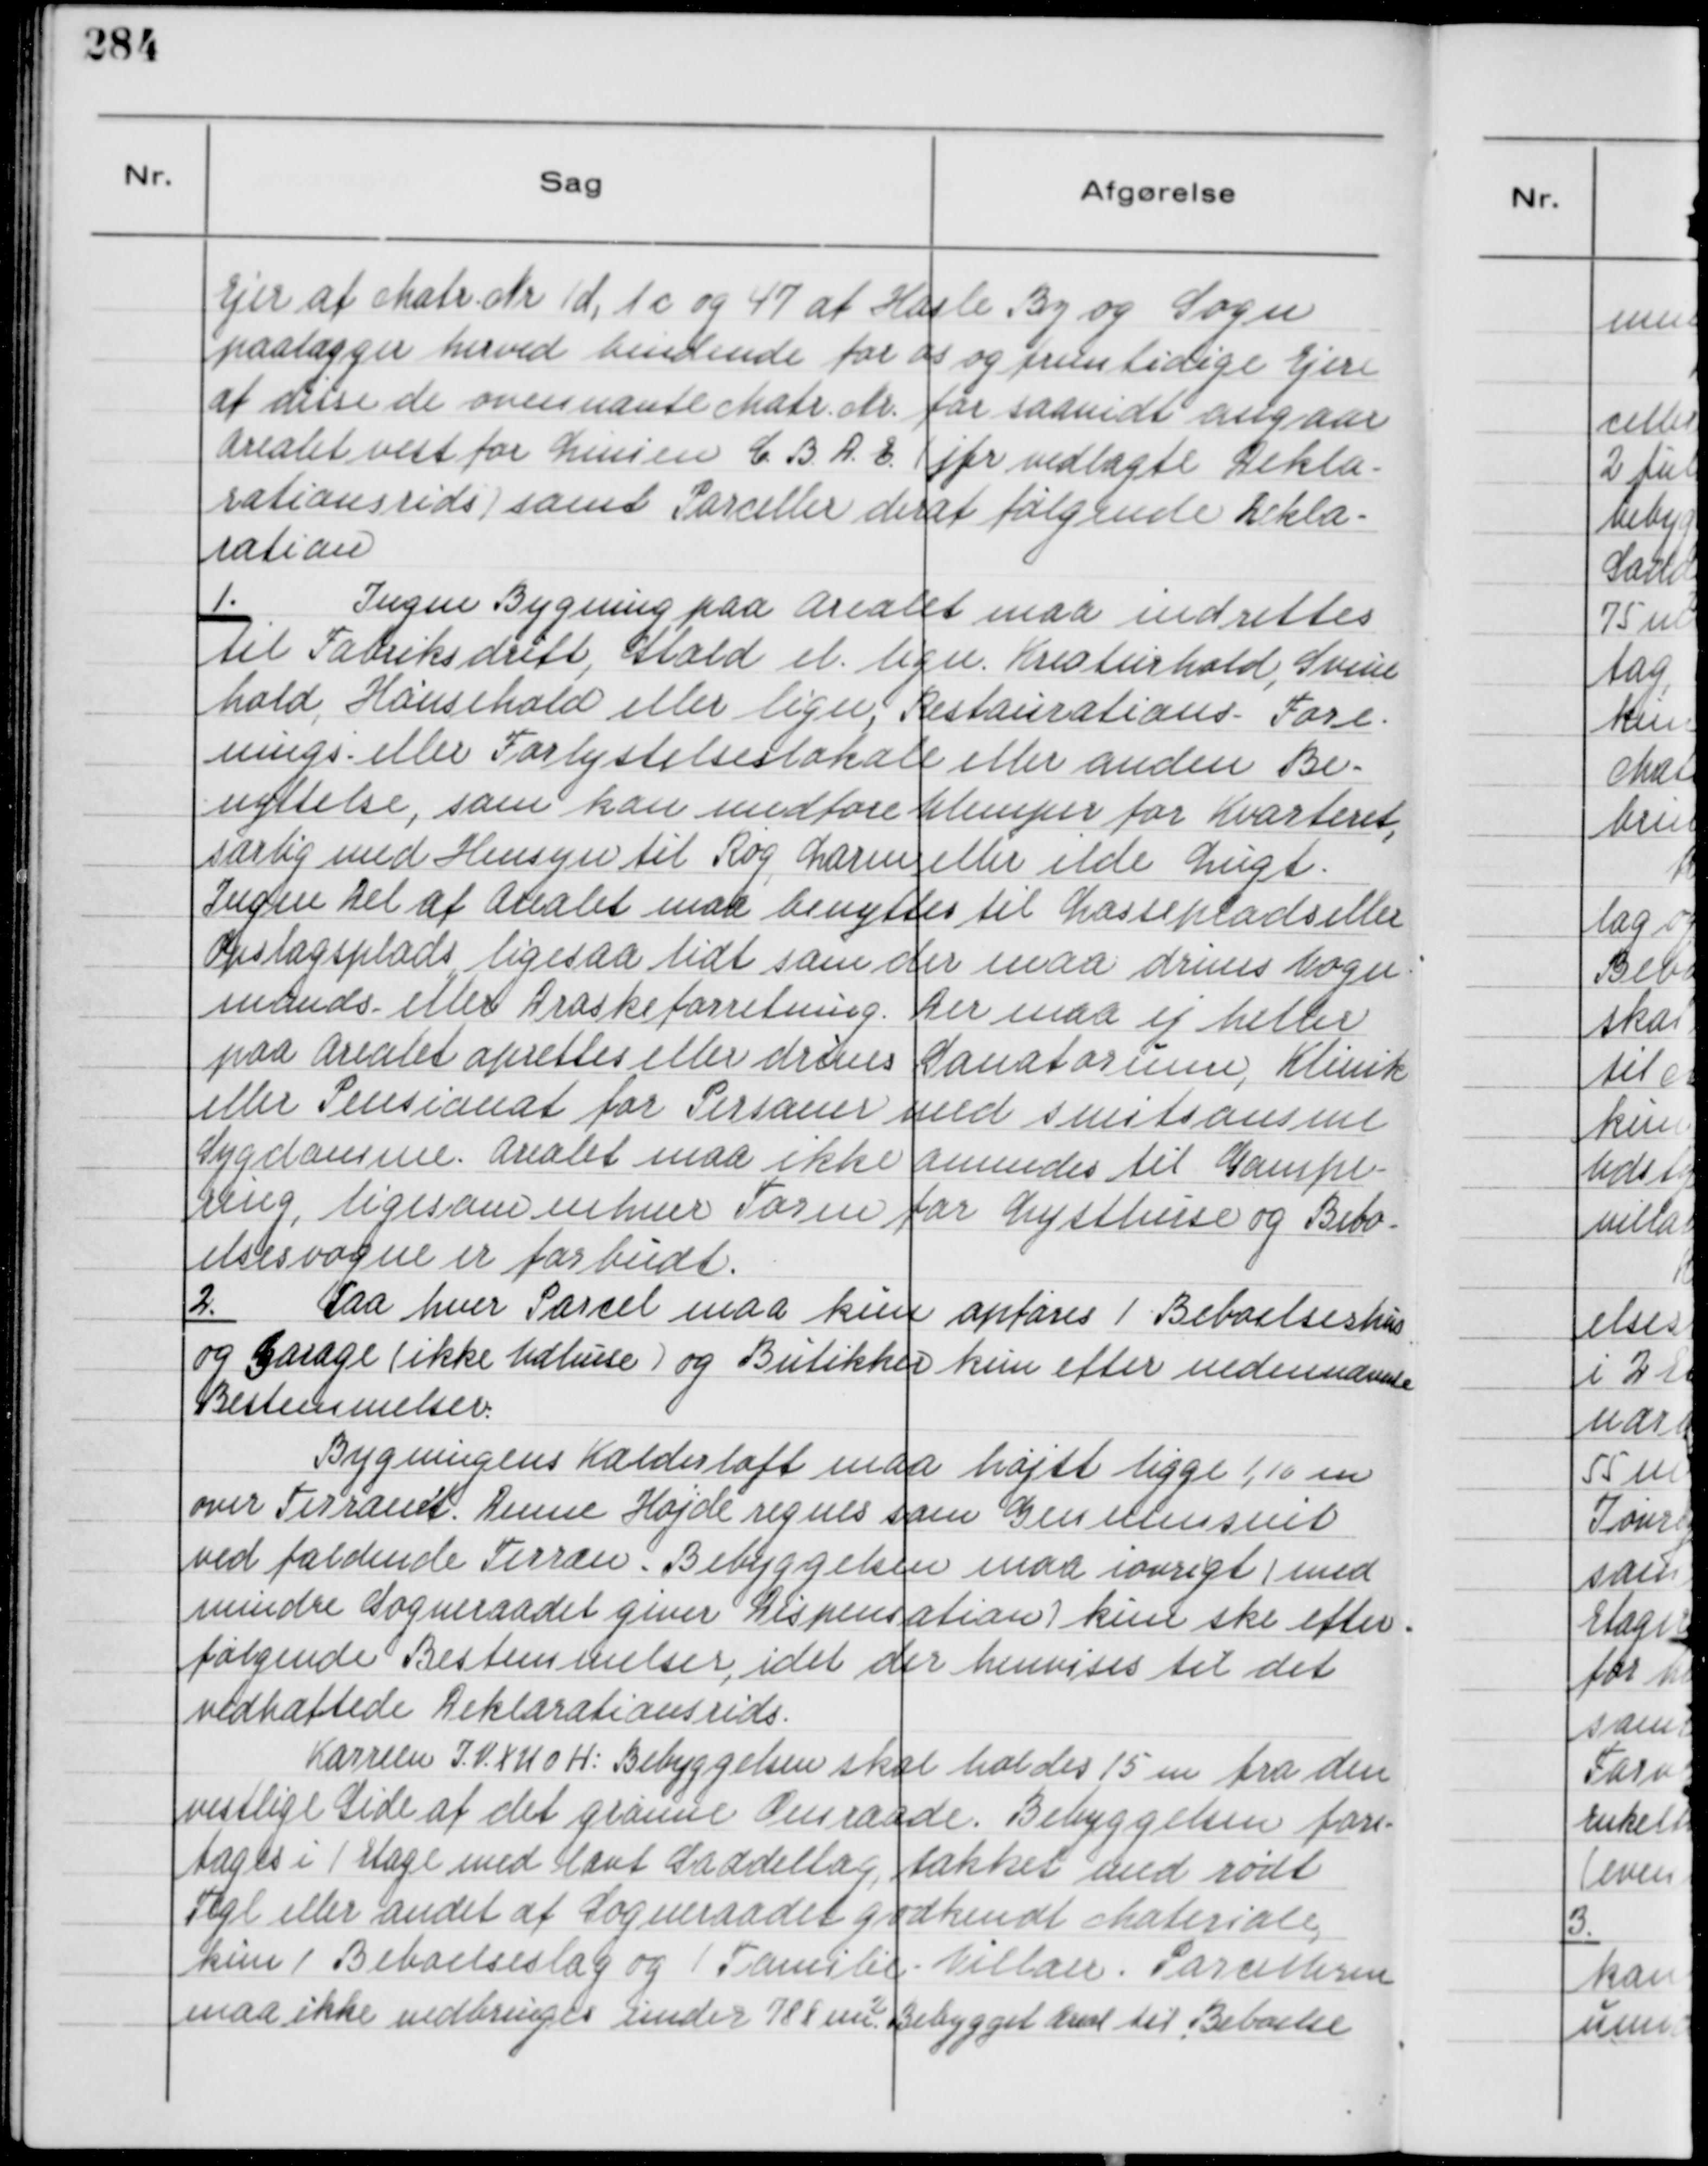
Transskription:
Ejer af Matr. Nr. 1 d, 1 c og 47 af Hasle By og Sogn
paalægger herved bindende for os og fremtidige Ejere
at disse de ovennævte Matr. Nr. for saavidt angaar
Arealet vest for Linien C. B. D. E. ( jfr. vedlagte Dekla-
rationsrids ) samt Parceller deraf følgende Dekla-
ration

1.
Ingen Bygning paa Arealet maa indrettes
til Fabriksdrift, Stald el. lign. Kreaturhold, Svine
hold, Hønsehold eller lign, Restaurations- Fore-
nings eller Forlystelseslokale eller anden Be-
nyttelse, som kan medføre Ulemper for Kvarteret,
særlig med Hensyn til Røg, Larm, eller ilde Lugt.
Ingen Del af Arealet maa benyttes til Losseplads eller
Opslagsplads ligesaa lidt som der maa drives Vogn-
mands- eller Draskeforretning. Der maa ej heller
paa Arealet oprettes eller drives Sanatorium, Klinik
eller Pensionat for Personer med smitsomme
Sygdomme. Arealet maa ikke anvendes til Gampe-
ring, ligesom enhver Torm for Lysthuse og Bebo-
elsesvogne er forbudt.

2.
Paa hver Parcel maa kun opføres 1 Beboelseshus
og Garage ( ikke Udhuse ) og Butikker kun efter nedennævnte
Bestemmelser.
Bygningens Kælderloft maa højst ligge 1,10 m
over Terrænet. Denne Højde regnes som Gennemsnit
ved faldende Terræn. Bebyggelsen maa iøvrigt ( med
mindre Sogneraadet giver Dispensation ) kun ske efter
følgende Bestemmelser, idet der henvises til det
vedhæftede Deklarationsrids.
Karreen I.V.X U O H: Bebyggelsen skal holdes 15 m fra den
vestlige Side af det grønne Omraade. Bebyggelsen fore-
tages i 1 Etage med lavt Saddellag, takket med rødt
Tegl eller andet af Sogneraadet godkendt Materiale,
kun 1 Beboelseslag og 1 Familie - Villaer. Parcellerne
maa ikke nedbringes under 788 m². Bebygget Areal til Beboelse